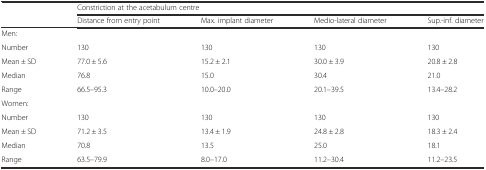
|  | <COLSPAN=4> Constriction at the acetabulum centre |
 |  | Distance from entry point | Max. implant diameter | Medio-lateral diameter | Sup.-inf. diameter |
 | --- | --- | --- | --- | --- |
 | Men: |  |  |  |  |
 | Number | 130 | 130 | 130 | 130 |
 | Mean ± SD | 77.0 ± 5.6 | 15.2 ± 2.1 | 30.0 ± 3.9 | 20.8 ± 2.8 |
 | Median | 76.8 | 15.0 | 30.4 | 21.0 |
 | Range | 66.5–95.3 | 10.0–20.0 | 20.1–39.5 | 13.4–28.2 |
 | <COLSPAN=5> Women: |
 | Number | 130 | 130 | 130 | 130 |
 | Mean ± SD | 71.2 ± 3.5 | 13.4 ± 1.9 | 24.8 ± 2.8 | 18.3 ± 2.4 |
 | Median | 70.8 | 13.5 | 25.0 | 18.1 |
 | Range | 63.5–79.9 | 8.0–17.0 | 11.2–30.4 | 11.2–23.5 |